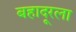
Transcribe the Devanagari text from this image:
बहादूरला